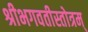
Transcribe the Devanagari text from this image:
श्रीभगवतीस्तोत्रम्